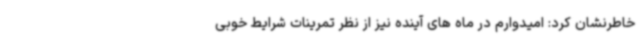
خاطرنشان کرد: امیدوارم در ماه های آینده نیز از نظر تمرینات شرایط خوبی